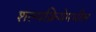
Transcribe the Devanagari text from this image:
शल्यक्रियेमधील